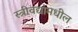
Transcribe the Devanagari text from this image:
स्त्रीवद्यांमधील